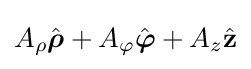
A_{\rho }{\hat {\boldsymbol {\rho }}}+A_{\varphi }{\hat {\boldsymbol {\varphi }}}+A_{z}{\hat {\mathbf {z} }}